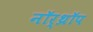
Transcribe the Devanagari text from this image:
नॉर्‌थ्रॉप